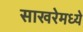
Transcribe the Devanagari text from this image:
साखरेमध्ये